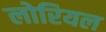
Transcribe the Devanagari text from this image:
लोरियल